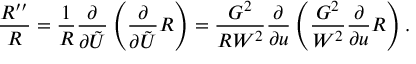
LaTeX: \frac { R ^ { \prime \prime } } { R } = \frac { 1 } { R } \frac { \partial } { \partial \tilde { U } } \left( \frac { \partial } { \partial \tilde { U } } R \right) = \frac { G ^ { 2 } } { R W ^ { 2 } } \frac { \partial } { \partial u } \left( \frac { G ^ { 2 } } { W ^ { 2 } } \frac { \partial } { \partial u } R \right) .